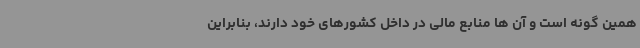
همین گونه است و آن ها منابع مالی در داخل کشورهای خود دارند، بنابراین